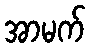
အာမက်